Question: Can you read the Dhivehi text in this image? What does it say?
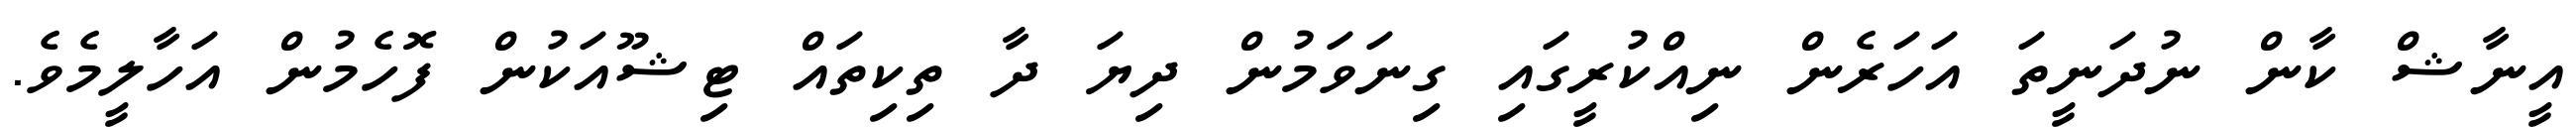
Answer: އީނާޝް ކާން ނުދަނީތަ އަހަރެން ނިއްކުރީގައި ގިނަވަމުން ދިޔަ ދާ ތިކިތައް ޓިޝޫއަކުން ފޮހެމުން އަހާލީމެވެ.